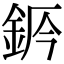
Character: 𨦄